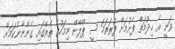
ވަނީ އެ ޚިދުމަތް ފެށުމަށް ފުރަތަމަ ސީ ޕްލޭން މިމަހުގެ ތެރޭގައި ގެންނާނެކަމަށް